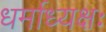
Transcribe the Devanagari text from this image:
धर्माध्यक्षः